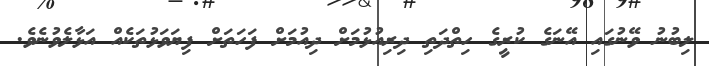
ލިބުނު ވޭނުގައި އޭނަގެ ކުރީގެ ހިތްދަތި ދިރިއުޅުމަށް ދިއުމަށް ފަހަތަށް ފިޔަވަޅުތަކެއް އަޅާލެވުނެވެ.